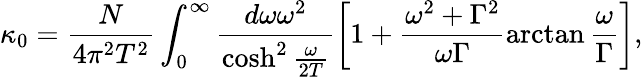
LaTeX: \kappa_{0}=\frac{N}{4\pi^{2}T^{2}}\int_{0}^{\infty}\frac{d\omega\omega^{2}}{\cosh^{2}\frac{\omega}{2T}}\left[1+\frac{\omega^{2}+\Gamma^{2}}{\omega\Gamma}\arctan\frac{\omega}{\Gamma}\right],